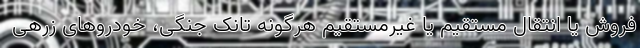
فروش یا انتقال مستقیم یا غیرمستقیم هرگونه تانک جنگی، خودروهای زرهی